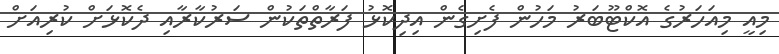
މިއީ މިއަހަރުގެ އޮކްޓޫބަރު މަހުން ފެށިގެން އިދިކޮޅު ފަރާތްތަކުން ސަރުކާރާއި ދެކޮޅަށް ކުރިއަށް